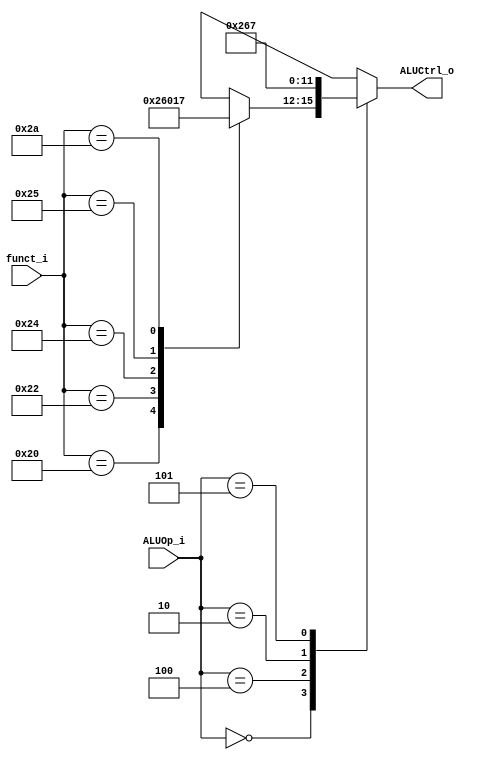
//Subject:     CO project 2 - ALU Controller
//--------------------------------------------------------------------------------
//Version:     1
//--------------------------------------------------------------------------------
//Writer:      109550182
//----------------------------------------------
//----------------------------------------------
//Description: 
//--------------------------------------------------------------------------------
`timescale 1ns/1ps
module ALU_Ctrl (funct_i, ALUOp_i, ALUCtrl_o);
          
//I/O ports 
input      [6-1:0] funct_i;
input      [3-1:0] ALUOp_i;
output     [4-1:0] ALUCtrl_o;    
     
//Internal Signals
reg        [4-1:0] ALUCtrl_o;
       
//Select exact operation
always @(*) begin
    case (ALUOp_i)
        // R-Type
        3'b000:
            case (funct_i)
                6'b100000: ALUCtrl_o <= 4'b0010;  // Add
                6'b100010: ALUCtrl_o <= 4'b0110;  // Subtract
                6'b100100: ALUCtrl_o <= 4'b0000;  // And
                6'b100101: ALUCtrl_o <= 4'b0001;  // Or
                6'b101010: ALUCtrl_o <= 4'b0111;  // Set Less Than
                default:   ALUCtrl_o <= 4'bxxxx;
            endcase
        3'b100:   ALUCtrl_o <= 4'b0010;  // Add for addi
        3'b010:   ALUCtrl_o <= 4'b0110;  // Subtract for beq
        3'b101:   ALUCtrl_o <= 4'b0111;  // Set Less Than for slti
        default:  ALUCtrl_o <= 4'bxxxx;
    endcase
end

endmodule